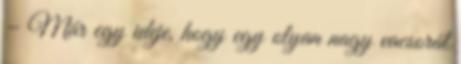
– Már egy ideje, hogy egy olyan nagy vacsorát